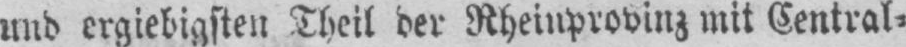
und ergiebigsten Theil der Rheinprovinz mit Central⸗